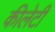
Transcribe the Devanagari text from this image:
कीलेटी